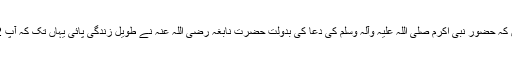
‘‘ آپ بیان کرتے ہیں کہ حضور نبی اکرم صلی اللہ علیہ وآلہ وسلم کی دعا کی بدولت حضرت نابغہ رضی اللہ عنہ نے طویل زندگی پائی یہاں تک کہ آپ 112 سال زندہ رہے۔